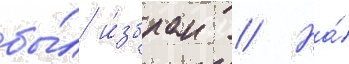
бы́л и́збран // На́